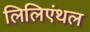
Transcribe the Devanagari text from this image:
लिलिएंथल